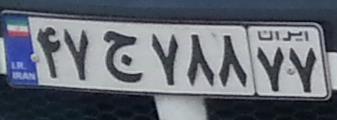
۴۷ج۷۸۸۷۷